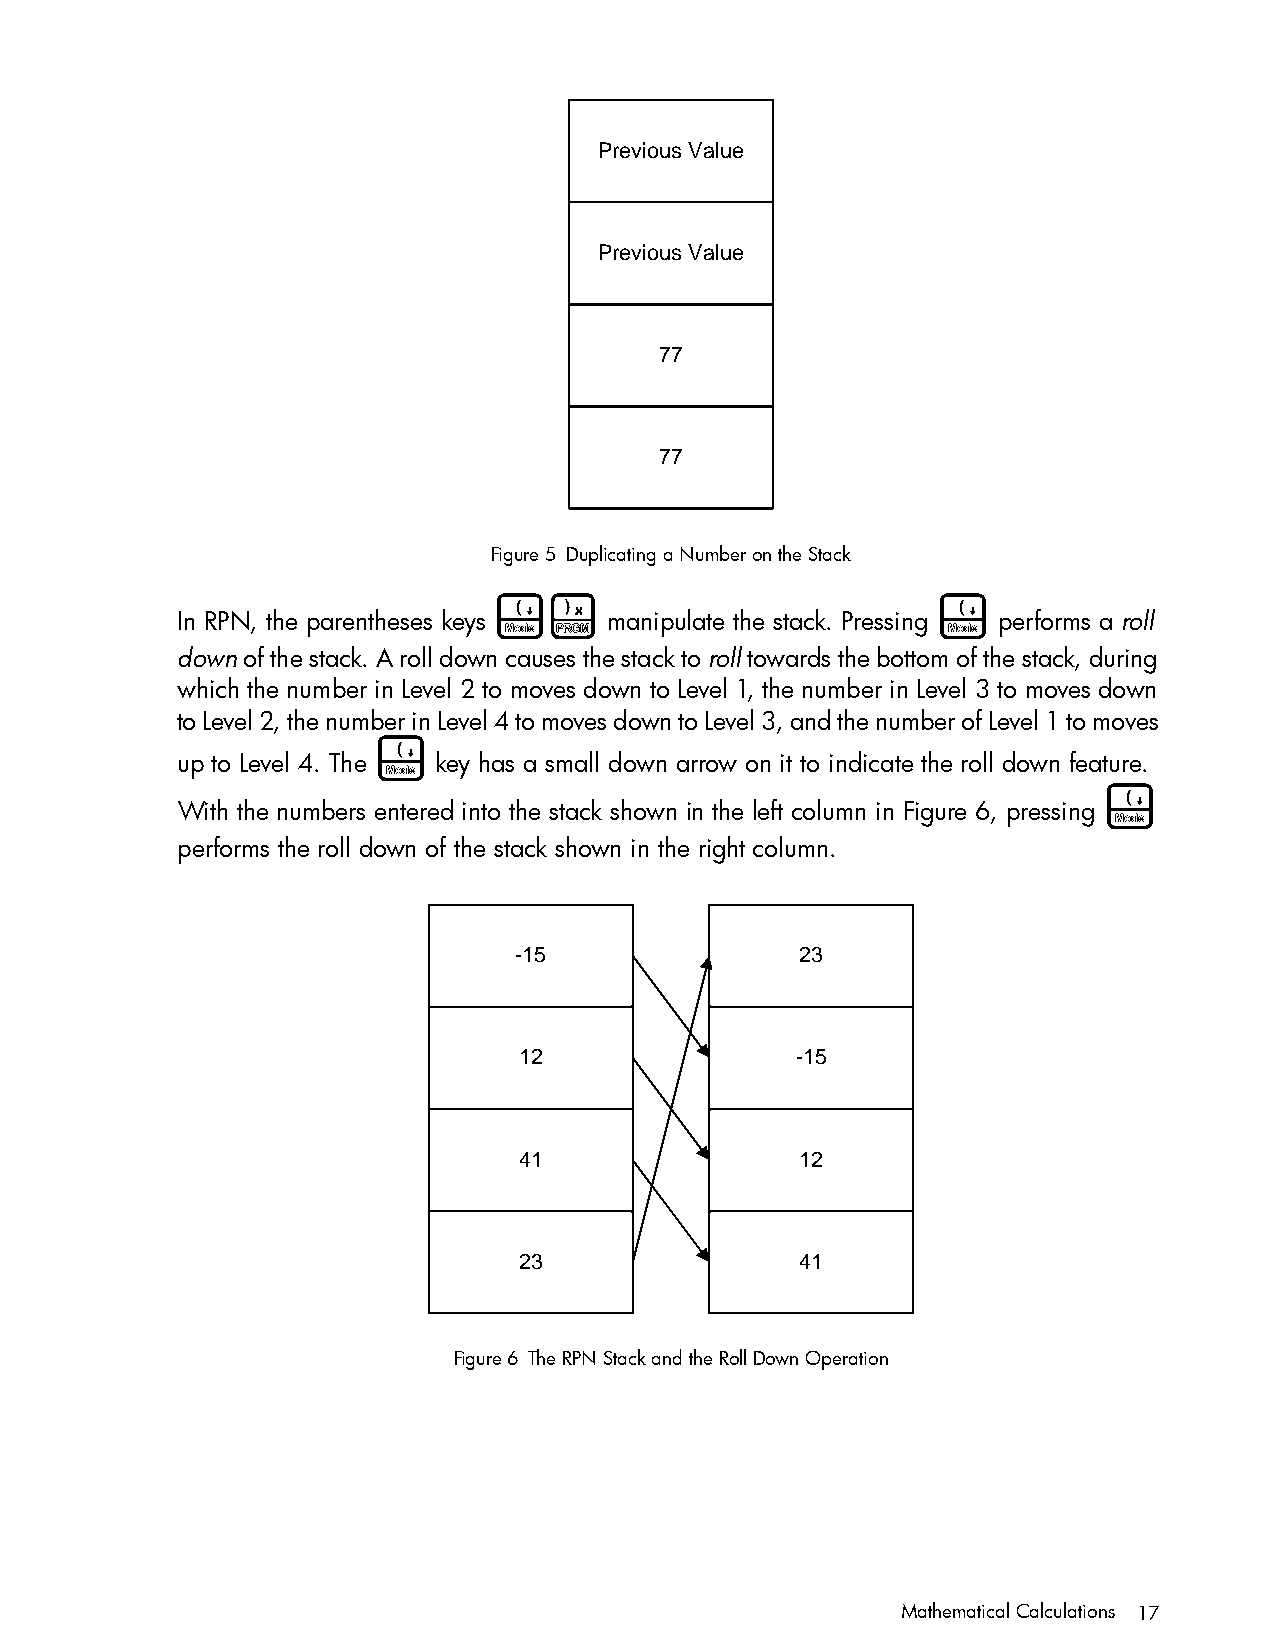
Previous Value
 Previous Value
 77
 77
 Figure 5 Duplicating a Number on the Stack
 (D                           (
 In RPN, the parentheses keys manipulate the stack. Pressing performs a roll
 down of the stack. A roll down causes the stack to roll towards the bottom of the stack, during
 which the number in Level 2 to moves down to Level 1, the number in Level 3 to moves down
 to Level 2, the number in Level 4 to moves down to Level 3, and the number of Level 1 to moves
 (
 up to Level 4. The key has a small down arrow on it to indicate the roll down feature.
 (
 With the numbers entered into the stack shown in the left column in Figure 6, pressing
 performs the roll down of the stack shown in the right column.
 -15                23
 12                 -15
 41                 12
 23                 41
 Figure 6 The RPN Stack and the Roll Down Operation
 Mathematical Calculations 17